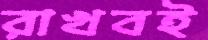
রাখবই